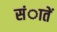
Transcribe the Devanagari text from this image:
संातें